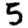
Digit: 5